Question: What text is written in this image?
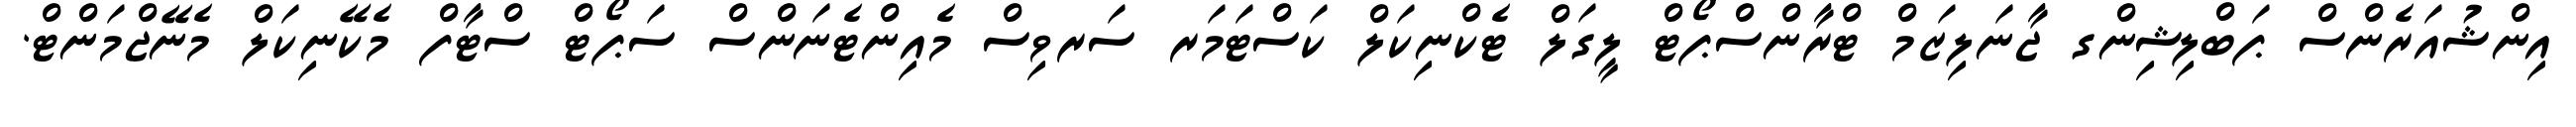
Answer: އިންޝުއަރެންސް ޕަބްލިޝިންގ ޖާނަލިޒަމް ޓްރާންސްޕޯޓް ލީގަލް ޓެކްނިކަލް ކަސްޓަމަރ ސަރވިސް މެއިންޓެނަންސް ސަޕޯޓް ސްޓާފް މެކޭނިކަލް މެނޭޖްމަންޓް.